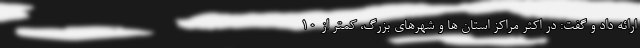
ارائه داد و گفت: در اکثر مراکز استان ها و شهرهای بزرگ، کمتر از ۱۰